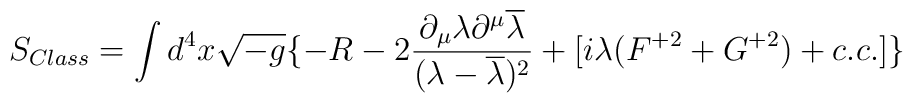
S_{Class}=\int d^{4}x\sqrt{-g}\{-R-2\frac{\partial_{\mu}\lambda\partial^{\mu}\overline{\lambda}}{(\lambda-\overline{\lambda})^{2}} +[i\lambda (F^{+2}+ G^{+2})+c.c.]\}